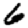
Digit: 6